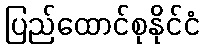
ပြည်ထောင်စုနိုင်ငံ